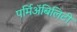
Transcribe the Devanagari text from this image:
पर्मिअॅबिलिटी